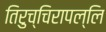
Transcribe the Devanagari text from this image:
तिरुच्चिरापल्लि